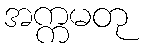
အက္ကမတု